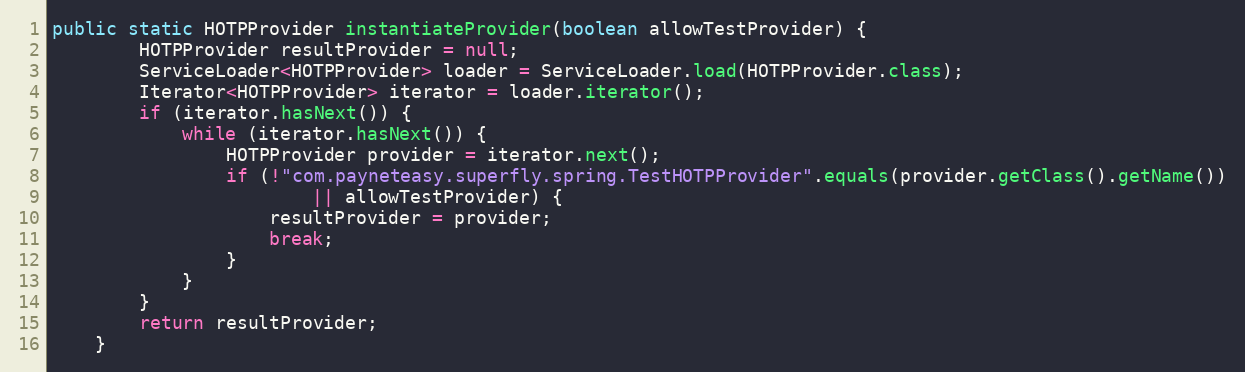
Language: Java
public static HOTPProvider instantiateProvider(boolean allowTestProvider) {
        HOTPProvider resultProvider = null;
        ServiceLoader<HOTPProvider> loader = ServiceLoader.load(HOTPProvider.class);
        Iterator<HOTPProvider> iterator = loader.iterator();
        if (iterator.hasNext()) {
            while (iterator.hasNext()) {
                HOTPProvider provider = iterator.next();
                if (!"com.payneteasy.superfly.spring.TestHOTPProvider".equals(provider.getClass().getName())
                        || allowTestProvider) {
                    resultProvider = provider;
                    break;
                }
            }
        }
        return resultProvider;
    }